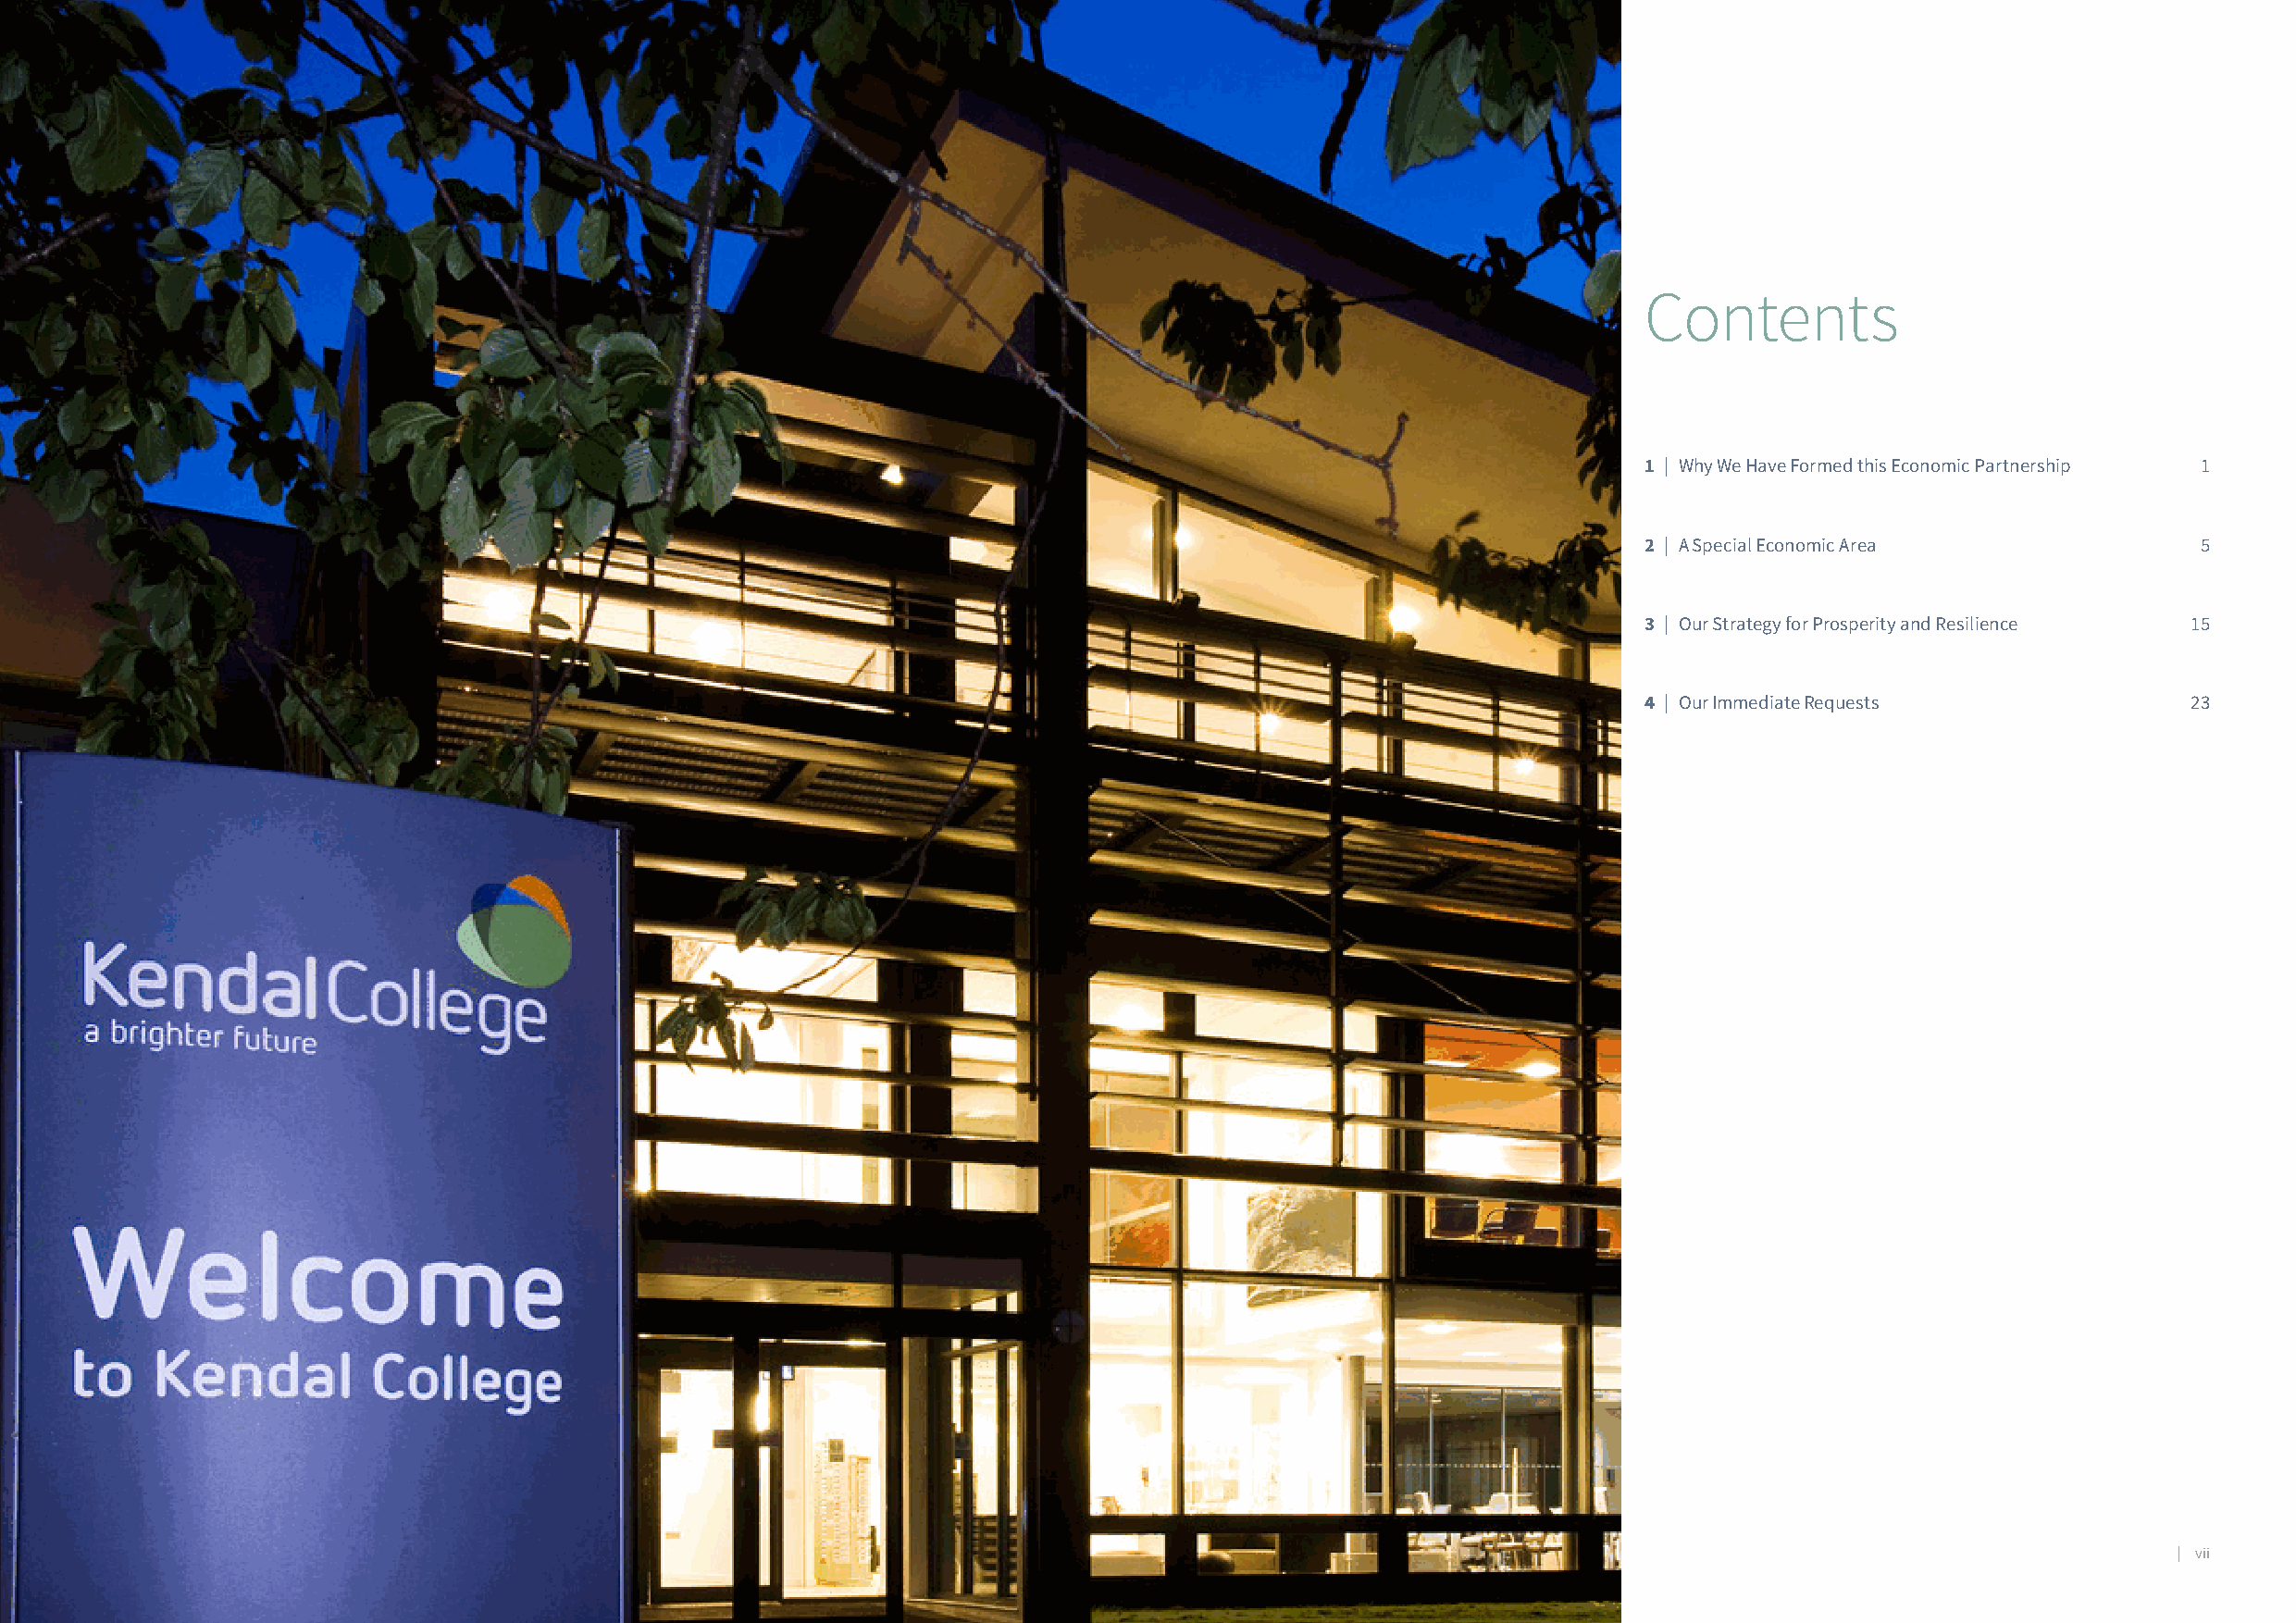
THE BAY                                                                            THE BAY
 PROSPERITY &                                                                        PROSPERITY &
 RESILIENCE STRATEGY                                                                 RESILIENCE STRATEGY
 Contents
 1 | Why We Have Formed this Economic Partnership 1
 2 | A Special Economic Area            5
 3 | Our Strategy for Prosperity and Resilience 15
 4 | Our Immediate Requests             23
 vi |                                                                                                                                                  | vii